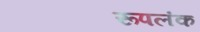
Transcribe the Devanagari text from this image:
रूपलंक